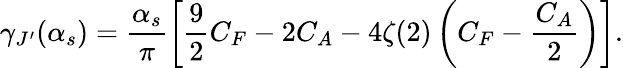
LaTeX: \gamma_{J^{\prime}}(\alpha_{s})=\frac{\alpha_{s}}{\pi}\left[\frac{9}{2}C_{F}-2C_{A}-4\zeta(2)\left(C_{F}-\frac{C_{A}}{2}\right)\right].